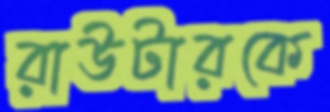
রাউটারকে